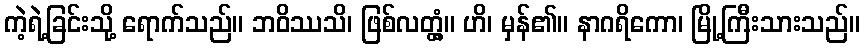
ကဲ့ရဲ့ခြင်းသို့ ရောက်သည်။ ဘဝိဿသိ၊ ဖြစ်လတ္တံ့။ ဟိ၊ မှန်၏။ နာဂရိကော၊ မြို့ကြီးသားသည်။